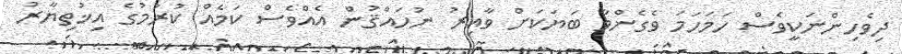
ދިވެހިންނަކީވެސް ހަމަހަމަ ވެގެންވާ ބަޔަކަށް ވާއިރު ނުހައްޤުން އެއްވެސް ކަމެއް ކުރުމުގެ އިޚުތިޔާރު